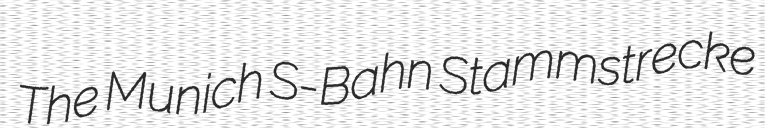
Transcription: The Munich S-Bahn Stammstrecke